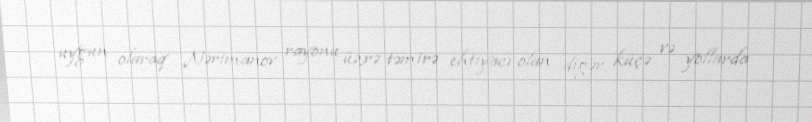
uyğun olaraq Nərimanov rayonu üzrə təmirə ehtiyacı olan digər küçə və yollarda